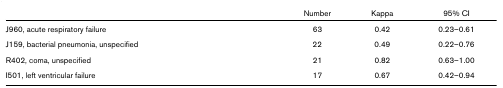
|  | Number | Kappa | 95% CI |
 | --- | --- | --- | --- |
 | J960, acute respiratory failure | 63 | 0.42 | 0.23–0.61 |
 | J159, bacterial pneumonia, unspecified | 22 | 0.49 | 0.22–0.76 |
 | R402, coma, unspecified | 21 | 0.82 | 0.63–1.00 |
 | I501, left ventricular failure | 17 | 0.67 | 0.42–0.94 |